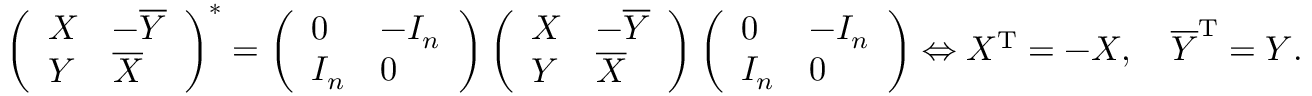
\left( { \begin{array} { l l } { X } & { - { \overline { { Y } } } } \\ { Y } & { { \overline { { X } } } } \end{array} } \right) ^ { * } = \left( { \begin{array} { l l } { 0 } & { - I _ { n } } \\ { I _ { n } } & { 0 } \end{array} } \right) \left( { \begin{array} { l l } { X } & { - { \overline { { Y } } } } \\ { Y } & { { \overline { { X } } } } \end{array} } \right) \left( { \begin{array} { l l } { 0 } & { - I _ { n } } \\ { I _ { n } } & { 0 } \end{array} } \right) \Leftrightarrow X ^ { \mathrm { T } } = - X , \quad { \overline { { Y } } } ^ { \mathrm { T } } = Y .